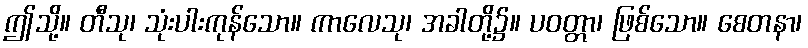
ဤသို့။ တီသု၊ သုံးပါးကုန်သော။ ကာလေသု၊ အခါတို့၌။ ပဝတ္တာ၊ ဖြစ်သော။ စေတနာ၊